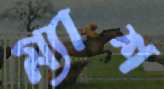
ম্যাশ